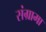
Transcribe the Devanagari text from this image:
संग्रामा